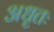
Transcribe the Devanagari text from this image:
अधृतः